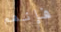
فإنهم